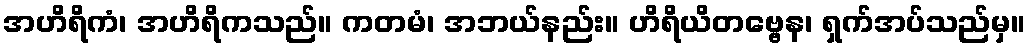
အဟိရိကံ၊ အဟိရိကသည်။ ကတမံ၊ အဘယ်နည်း။ ဟိရိယိတဗ္ဗေန၊ ရှက်အပ်သည်မှ။